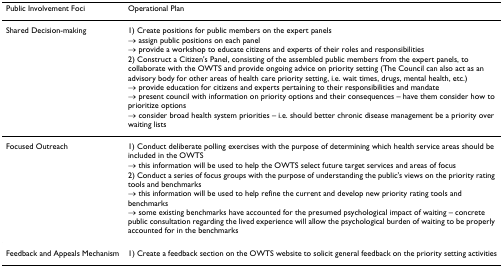
| Public Involvement Foci | Operational Plan |
 | --- | --- |
 | Shared Decision-making | 1) Create positions for public members on the expert panels→ assign public positions on each panel→ provide a workshop to educate citizens and experts of their roles and responsibilities |
 |  | 2) Construct a Citizen's Panel, consisting of the assembled public members from the expert panels, to collaborate with the OWTS and provide ongoing advice on priority setting (The Council can also act as an advisory body for other areas of health care priority setting, i.e. wait times, drugs, mental health, etc.)→ provide education for citizens and experts pertaining to their responsibilities and mandate→ present council with information on priority options and their consequences – have them consider how to prioritize options→ consider broad health system priorities – i.e. should better chronic disease management be a priority over waiting lists |
 | Focused Outreach | 1) Conduct deliberate polling exercises with the purpose of determining which health service areas should be included in the OWTS→ this information will be used to help the OWTS select future target services and areas of focus |
 |  | 2) Conduct a series of focus groups with the purpose of understanding the public's views on the priority rating tools and benchmarks→ this information will be used to help refine the current and develop new priority rating tools and benchmarks→ some existing benchmarks have accounted for the presumed psychological impact of waiting – concrete public consultation regarding the lived experience will allow the psychological burden of waiting to be properly accounted for in the benchmarks |
 | Feedback and Appeals Mechanism | 1) Create a feedback section on the OWTS website to solicit general feedback on the priority setting activities |